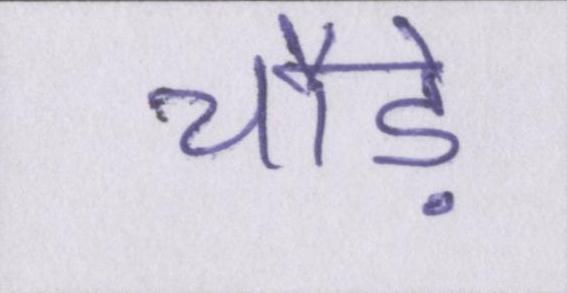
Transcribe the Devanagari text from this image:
चौड़े